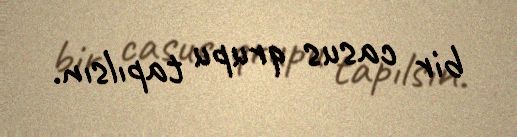
bir casus qrupu tapılsın.